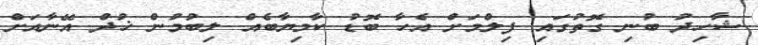
ޝާހިދު ބުނި ގޮތުގައި ފިލްމަށް އެހާ ބޮޑު ކާމިޔާބެއް ލިބުމުން ޚުދް އޭނާއަށް